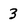
Character: 3